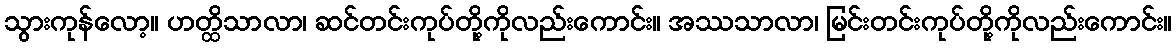
သွားကုန်လော့။ ဟတ္ထိသာလာ၊ ဆင်တင်းကုပ်တို့ကိုလည်းကောင်း။ အဿသာလာ၊ မြင်းတင်းကုပ်တို့ကိုလည်းကောင်း။